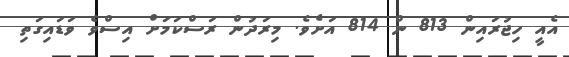
އެއީ ހިޖުރައިން 813 ން 814 އަށެވެ. މިރަދުން ރަސްކަމަށް އިސްވެ ވަޑައިގަތި